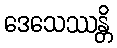
ဒေသေဿန္တိ